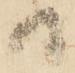
る